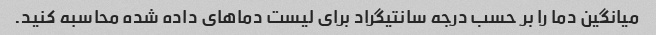
میانگین دما را بر حسب درجه سانتیگراد برای لیست دماهای داده شده محاسبه کنید.